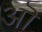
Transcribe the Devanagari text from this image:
अॊ